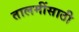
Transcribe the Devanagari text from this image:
तालमींसाठी